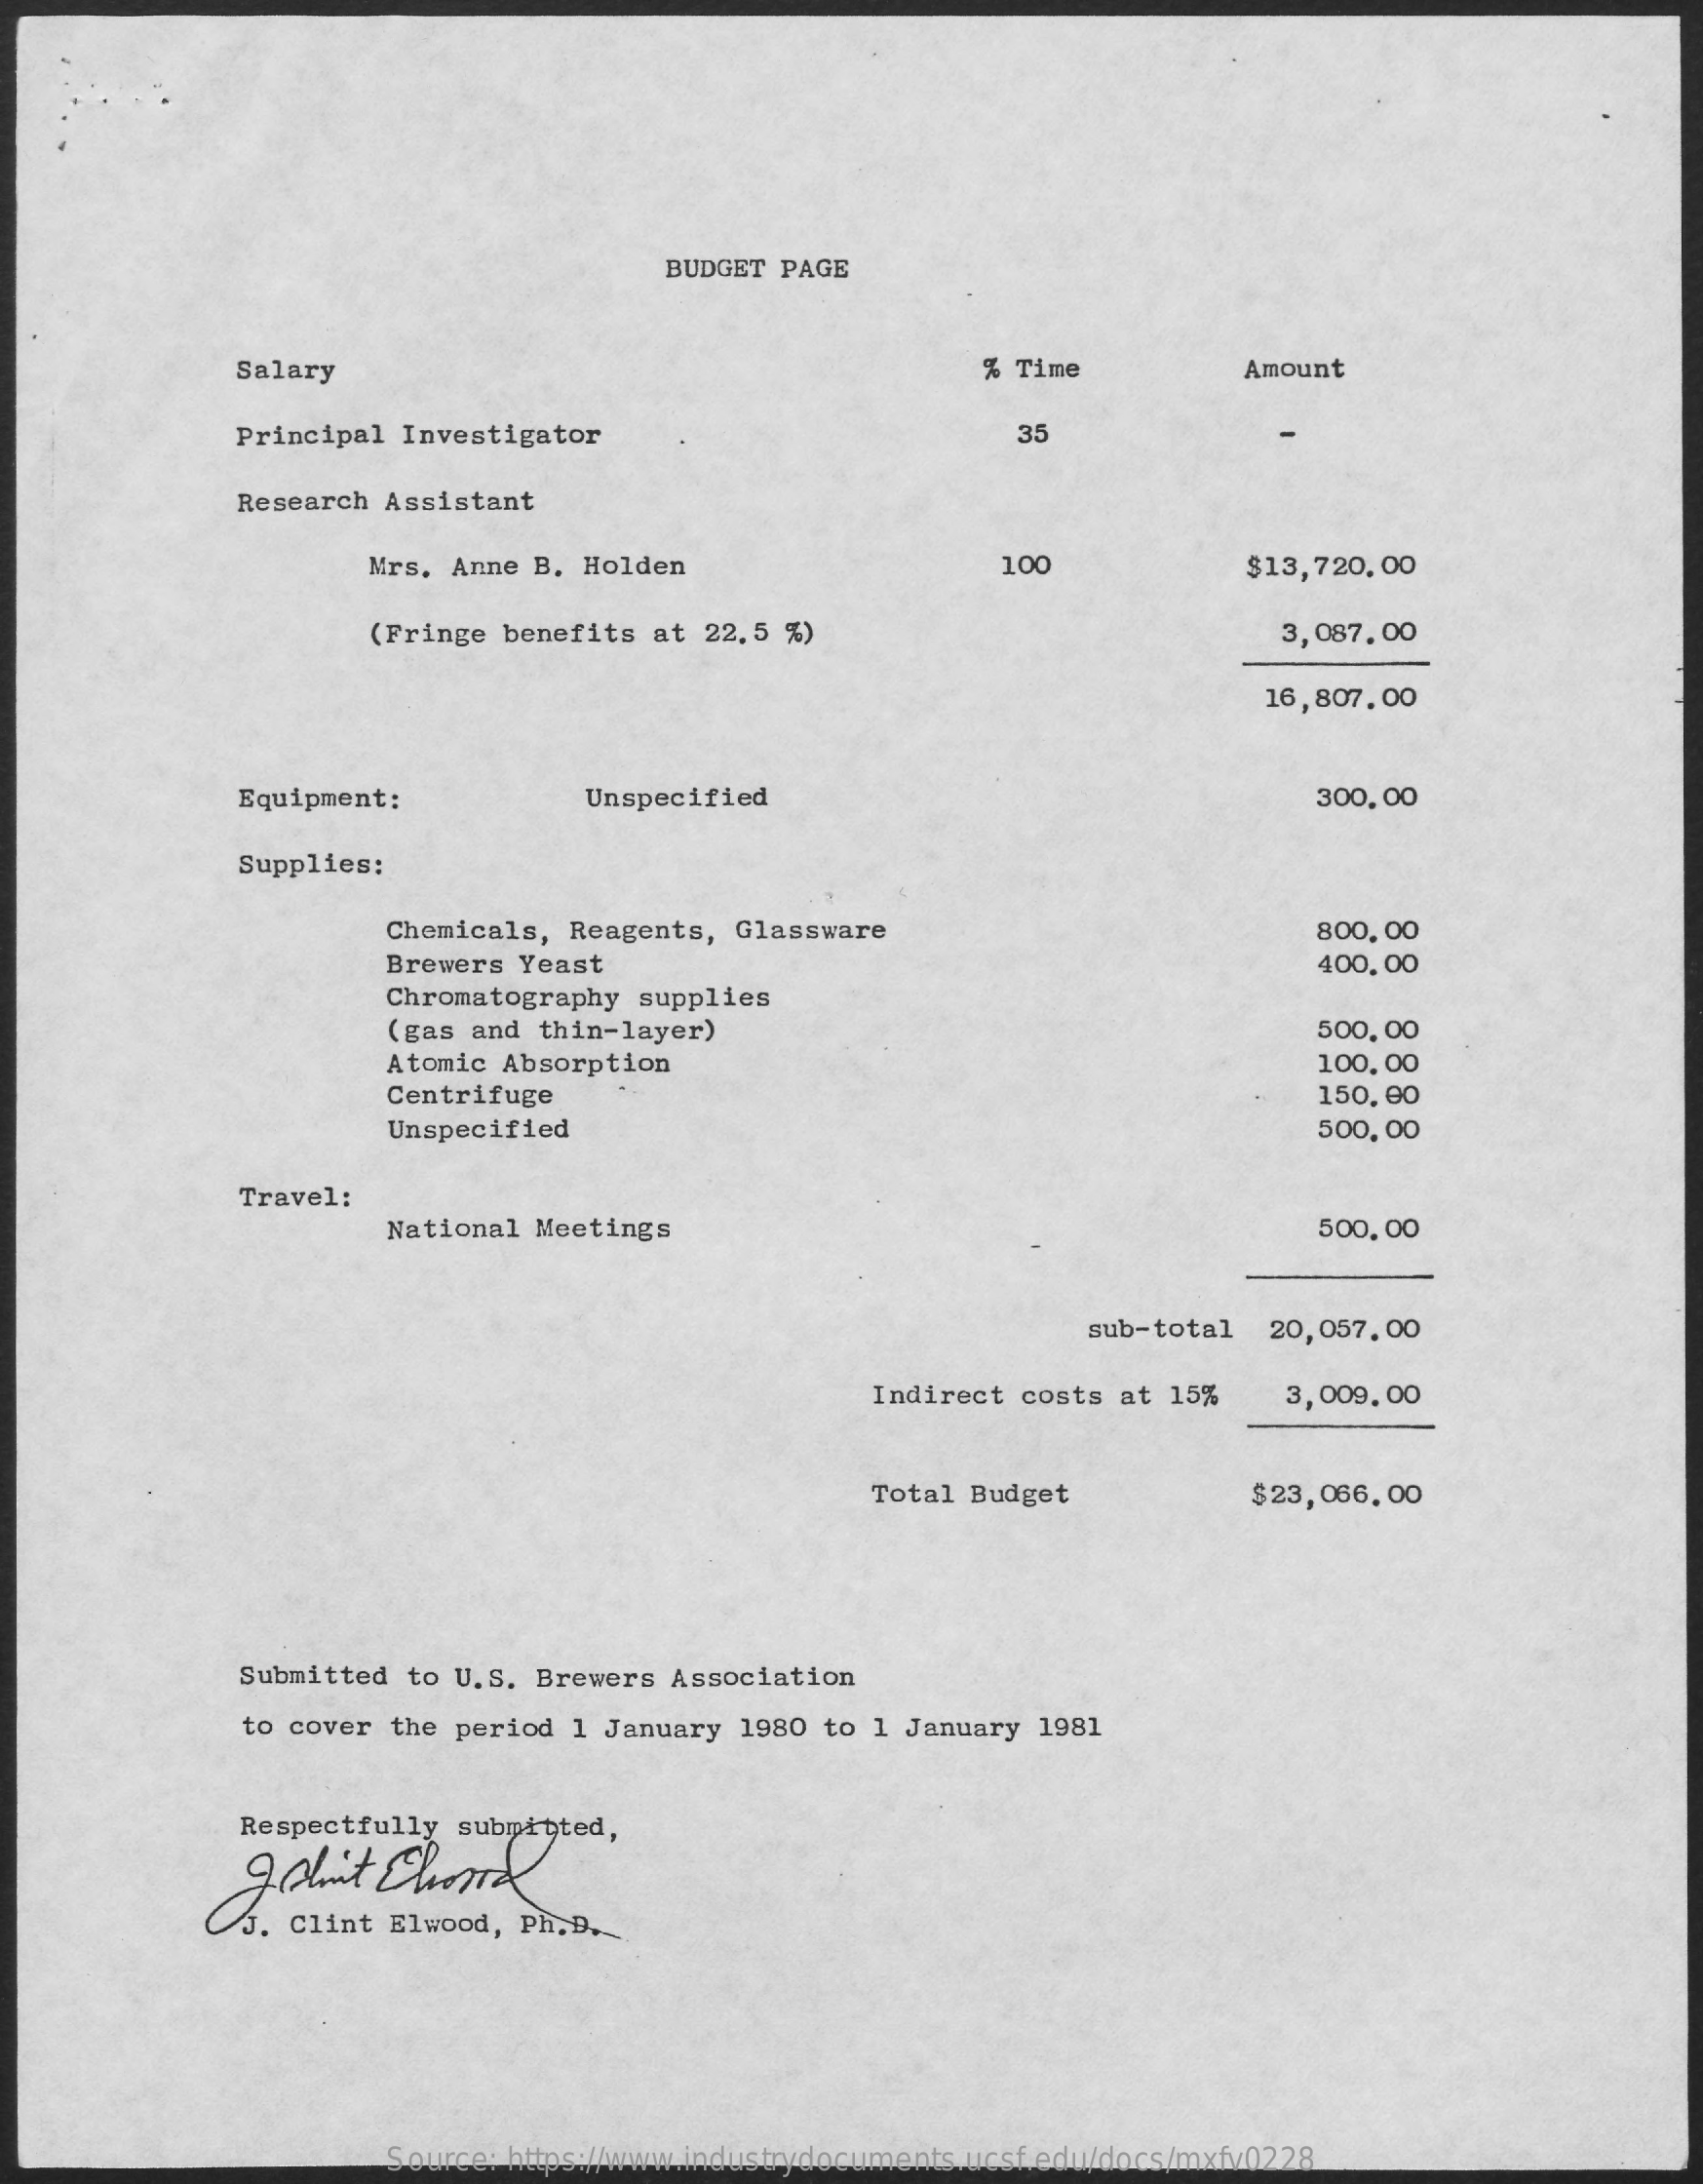
BUDGET  PAGE
     Salary    % Time    Amount
     Principal Investigator    35
     Research Assistant
     Mrs.  Anne B. Holden    100    $13, 720, 00
     (Fringe benefits  at 22,5 %)    3,087,00
     16,807,00
     Equipment:    Unspecified    300, 00
     Supplies:
     Chemicals, Reagents,  Glassware    800, 00
     Brewers Yeast    400, 00
     Chromatography  supplies
     (gas and thin-layer)    500, 00
     Atomic Absorption    100, 00
     Centrifuge    150, 00
     Unspecified    500, 00
     Travel:
     National Meetings    500, 00
     sub-total   20,057,00
     Indirect costs at 15%    3,009.00
     Total Budget    $23,066.00
     Submitted  to U.S. Brewers  Association
     to cover the period 1 January  1980 to 1  January 1981
     Respectfully  submitted,
     . Clint Elwood,  Ph, B.
     Source: https://www.industrydocuments.ucsf.edu/docs/mxfv0228